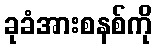
ခုခံအားစနစ်ကို